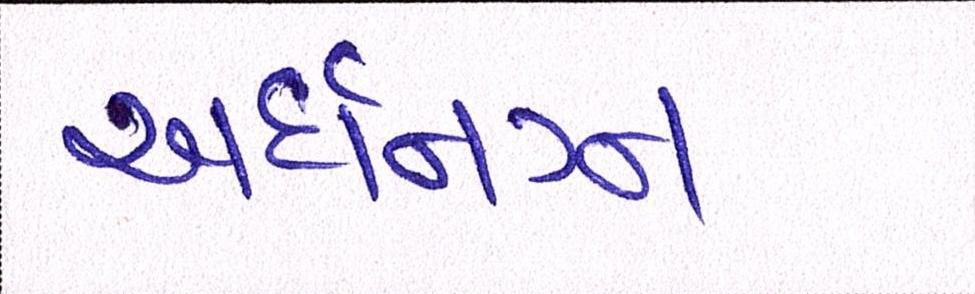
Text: અર્ધનગ્ન